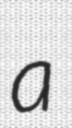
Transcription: a